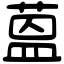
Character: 蒕